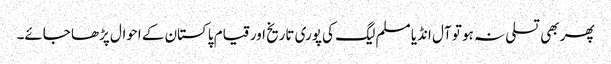
پھر بھی تسلی نہ ہو تو آل انڈیا مسلم لیگ کی پوری تاریخ اور قیام پاکستان کے احوال پڑھا جائے۔